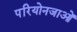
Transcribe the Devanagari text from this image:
परियोनजाओं